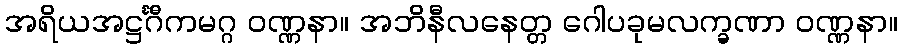
အရိယအဋ္ဌင်္ဂီကမဂ္ဂ ဝဏ္ဏနာ။ အဘိနီလနေတ္တ ဂေါပခုမလက္ခဏာ ဝဏ္ဏနာ။